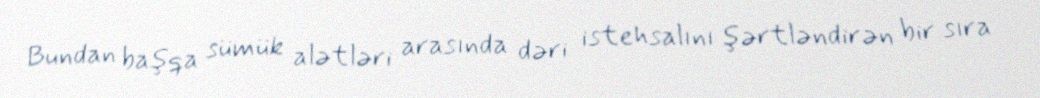
Bundan başqa sümük alətləri arasında dəri istehsalını şərtləndirən bir sıra